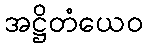
အဋ္ဌိတံယေဝ